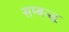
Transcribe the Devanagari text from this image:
सम्बन्द्ध